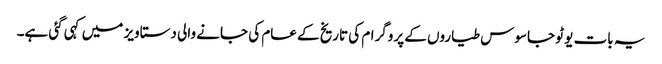
یہ بات یو ٹو جاسوس طیاروں کے پروگرام کی تاریخ کے عام کی جانے والی دستاویز میں کہی گئی ہے۔